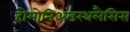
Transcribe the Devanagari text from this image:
होमोनिअंडरथलैसिस